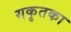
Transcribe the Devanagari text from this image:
यकृतका